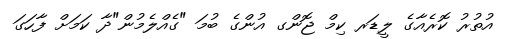
އުތުރު ކޮރެއާގެ ލީޑަރ ކިމް ޖޮންގ އުންގެ ބުމަ "ގެއްލެމުން"ދާ ކަމަށް ފާހަގަ